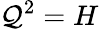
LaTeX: \mathcal{Q}^{2}=H